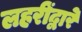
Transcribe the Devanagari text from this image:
लहरींद्वारे